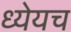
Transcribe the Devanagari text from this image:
ध्येयच